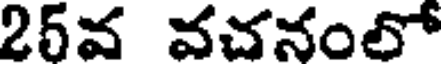
25వ వచనంలో